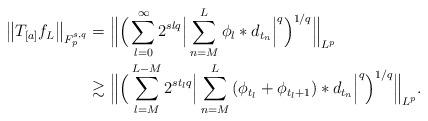
LaTeX: \begin{align*}\big\Vert {T_{[a]}f_L} \big\Vert_{F_p^{{s},q}} &=\Big\Vert \Big(\sum_{l=0}^{\infty}{2^{{s} lq}\Big| \sum_{n=M}^{L}{\phi_l\ast d_{{t_n}}} \Big|^q }\Big)^{{1}/{q}}\Big\Vert_{L^p}\\ &\gtrsim \Big\Vert \Big(\sum_{l=M}^{L-M}{2^{{s} {t_l}q}\Big| \sum_{n=M}^{L}{(\phi_{{t_l}}+\phi_{{t_l}+1})\ast d_{{t_n}}} \Big|^q }\Big)^{{1}/{q}}\Big\Vert_{L^p} .\end{align*}